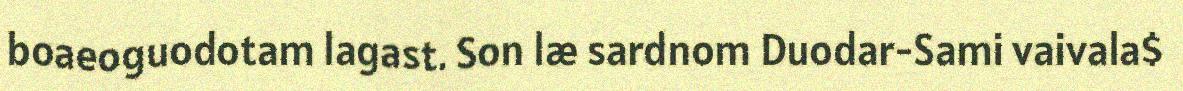
boaeoguodotam lagast. Son læ sardnom Duodar-Sami vaivala$